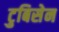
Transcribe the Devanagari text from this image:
टुबिसेन